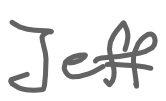
Text: Jeff
Cross-out: clean
Writing tool: digital_gray